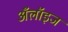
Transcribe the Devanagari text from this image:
अँलॉइज